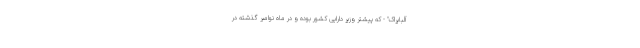
آلبایراک" - که پیشتر وزیر دارایی کشور بوده و در ماه نوامبر گذشته در